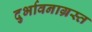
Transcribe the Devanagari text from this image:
दुर्भावनाग्रस्त